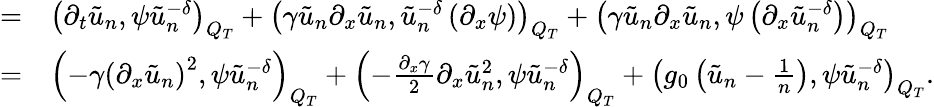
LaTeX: \begin{array}{rl}{=}&{{}\left(\partial_{t}\tilde{u}_{n},\psi\tilde{u}_{n}^{-\delta}\right)_{Q_{T}}+\left(\gamma\tilde{u}_{n}\partial_{x}\tilde{u}_{n},\tilde{u}_{n}^{-\delta}\left(\partial_{x}\psi\right)\right)_{Q_{T}}+\left(\gamma\tilde{u}_{n}\partial_{x}\tilde{u}_{n},\psi\left(\partial_{x}\tilde{u}_{n}^{-\delta}\right)\right)_{Q_{T}}}\\ {=}&{{}\left(-\gamma\left(\partial_{x}\tilde{u}_{n}\right)^{2},\psi\tilde{u}_{n}^{-\delta}\right)_{Q_{T}}+\left(-\frac{\partial_{x}\gamma}{2}\partial_{x}\tilde{u}_{n}^{2},\psi\tilde{u}_{n}^{-\delta}\right)_{Q_{T}}+\left(g_{0}\left(\tilde{u}_{n}-\frac{1}{n}\right),\psi\tilde{u}_{n}^{-\delta}\right)_{Q_{T}}.}\end{array}